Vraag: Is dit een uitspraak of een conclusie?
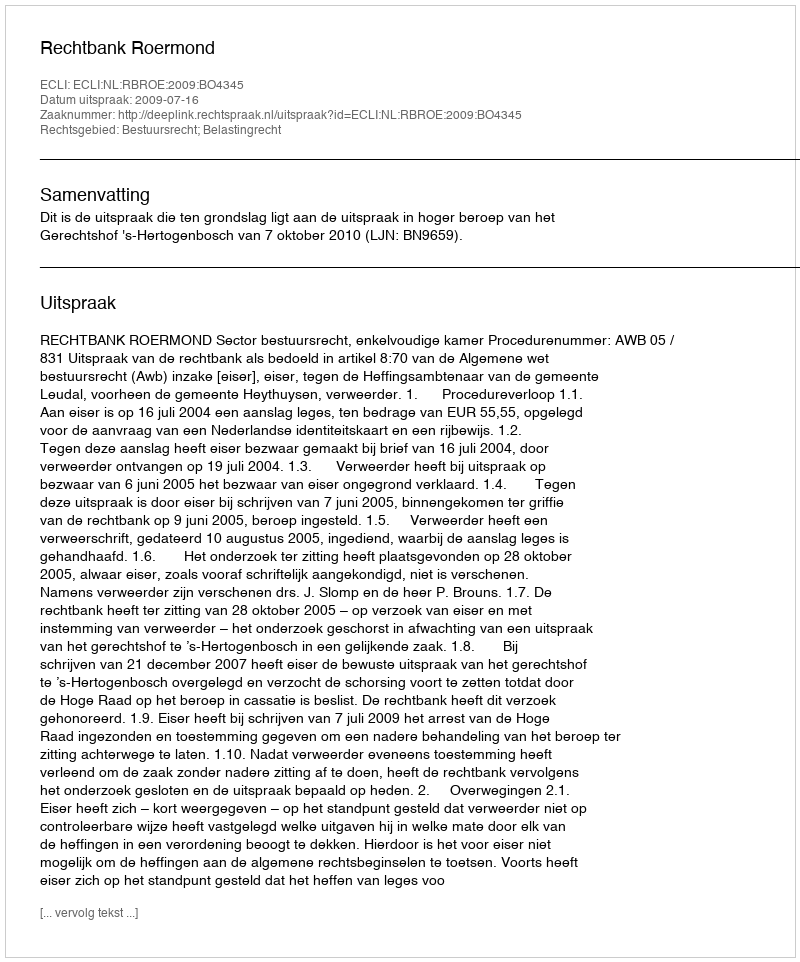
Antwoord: Uitspraak